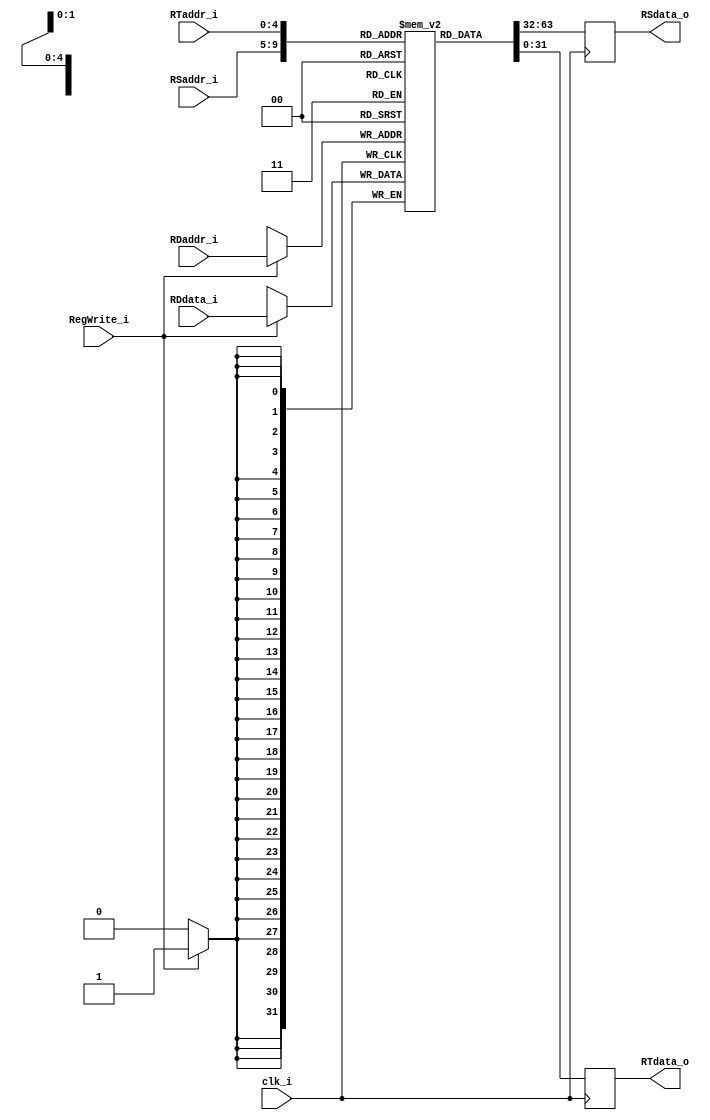
module Registers
(
    clk_i,
    RSaddr_i,
    RTaddr_i,
    RDaddr_i, 
    RDdata_i,
    RegWrite_i, 
    RSdata_o, 
    RTdata_o 
);

// Ports
input               clk_i;
input   [4:0]       RSaddr_i;
input   [4:0]       RTaddr_i;
input   [4:0]       RDaddr_i;
input   [31:0]      RDdata_i;
input               RegWrite_i;
output  [31:0]      RSdata_o; 
output  [31:0]      RTdata_o;

// Register File
reg     [31:0]      register        [0:31];
reg		[31:0]		RSdata_o;
reg		[31:0]		RTdata_o;

// Read Data      
always@(negedge clk_i) begin
	RSdata_o = register[RSaddr_i];
	RTdata_o = register[RTaddr_i];
end

// Write Data   
always@(posedge clk_i) begin
  #1
  // wait one ps to let pipeline latch propogate data
  if(RegWrite_i)
    register[RDaddr_i] = RDdata_i;
end
   
endmodule